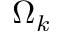
\Omega _ { k }